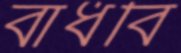
বাঁধবি